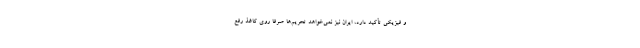
و فیزیکی تأکید دارد، ایران نیز نمی‌خواهد تحریم‌ها صرفا روی کاغذ رفع